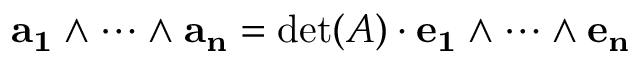
\mathbf { a _ { 1 } } \wedge \dots \wedge \mathbf { a _ { n } } = \operatorname* { d e t } ( A ) \cdot \mathbf { e _ { 1 } } \wedge \dots \wedge \mathbf { e _ { n } }